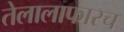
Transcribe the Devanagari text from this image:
तेलालाफारच